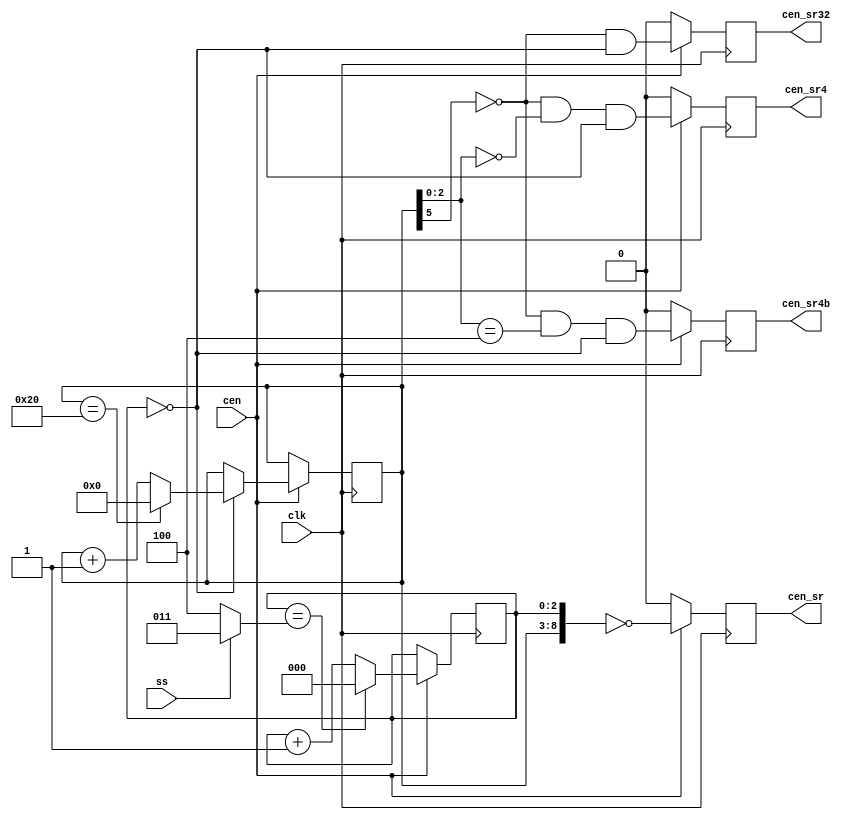
/*
  
   Multicore 2 / Multicore 2+
  
   Copyright (c) 2017-2020 - Victor Trucco

  
   All rights reserved
  
   Redistribution and use in source and synthezised forms, with or without
   modification, are permitted provided that the following conditions are met:
  
   Redistributions of source code must retain the above copyright notice,
   this list of conditions and the following disclaimer.
  
   Redistributions in synthesized form must reproduce the above copyright
   notice, this list of conditions and the following disclaimer in the
   documentation and/or other materials provided with the distribution.
  
   Neither the name of the author nor the names of other contributors may
   be used to endorse or promote products derived from this software without
   specific prior written permission.
  
   THIS CODE IS PROVIDED BY THE COPYRIGHT HOLDERS AND CONTRIBUTORS "AS IS"
   AND ANY EXPRESS OR IMPLIED WARRANTIES, INCLUDING, BUT NOT LIMITED TO,
   THE IMPLIED WARRANTIES OF MERCHANTABILITY AND FITNESS FOR A PARTICULAR
   PURPOSE ARE DISCLAIMED. IN NO EVENT SHALL THE AUTHOR OR CONTRIBUTORS BE
   LIABLE FOR ANY DIRECT, INDIRECT, INCIDENTAL, SPECIAL, EXEMPLARY, OR
   CONSEQUENTIAL DAMAGES (INCLUDING, BUT NOT LIMITED TO, PROCUREMENT OF
   SUBSTITUTE GOODS OR SERVICES; LOSS OF USE, DATA, OR PROFITS; OR BUSINESS
   INTERRUPTION) HOWEVER CAUSED AND ON ANY THEORY OF LIABILITY, WHETHER IN
   CONTRACT, STRICT LIABILITY, OR TORT (INCLUDING NEGLIGENCE OR OTHERWISE)
   ARISING IN ANY WAY OUT OF THE USE OF THIS SOFTWARE, EVEN IF ADVISED OF THE
   POSSIBILITY OF SUCH DAMAGE.
  
   You are responsible for any legal issues arising from your use of this code.
  
*//*  This file is part of JT6295.
    JT6295 program is free software: you can redistribute it and/or modify
    it under the terms of the GNU General Public License as published by
    the Free Software Foundation, either version 3 of the License, or
    (at your option) any later version.

    JT6295 program is distributed in the hope that it will be useful,
    but WITHOUT ANY WARRANTY; without even the implied warranty of
    MERCHANTABILITY or FITNESS FOR A PARTICULAR PURPOSE.  See the
    GNU General Public License for more details.

    You should have received a copy of the GNU General Public License
    along with JT6295.  If not, see <http://www.gnu.org/licenses/>.

    Author: Jose Tejada Gomez. Twitter: @topapate
    Version: 1.0
    Date: 6-1-2020 */

// SS low  = divides by 164 (25.6 and 6.5kHz)
// SS high = divides by 132 (32   and 8  kHz)

module jt6295_timing(
    input       clk,
    input       cen,
    input       ss,
    output reg  cen_sr,   // Sample rate
    output reg  cen_sr4,  // 4x sample rate
    output reg  cen_sr4b, // 4x sample rate, 180 shift
    output reg  cen_sr32
);

reg  [2:0] base=2'd0;
reg  [5:0] cnt =8'd0;
wire [2:0] lim = ss ? 3'h3 : 3'h4;


always @(posedge clk) begin
    cen_sr4 <= 1'd0;
    cen_sr4b<= 1'd0;
    cen_sr  <= 1'd0;
    cen_sr32<= 1'b0;
    if( cen ) begin
        base    <= (base==lim) ? 3'd0 : base+3'd1;
        if(base==3'd0) cnt <= (cnt==6'd32) ? 6'd0 : cnt+6'd1;

        cen_sr32<= !cnt[5] && base==3'd0;
        cen_sr4 <= !cnt[5] && cnt[2:0] == 3'b000 && base == 3'd0;
        cen_sr4b<= !cnt[5] && cnt[2:0] == 3'b100 && base == 3'd0;
        cen_sr  <= {cnt,base} == 9'd0;
    end
end

endmodule